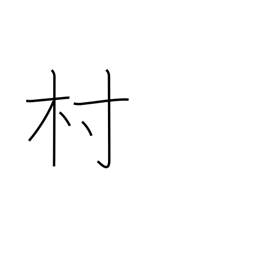
Meaning: town